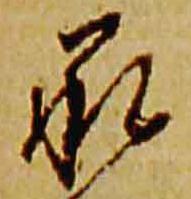
承